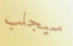
سيجلب